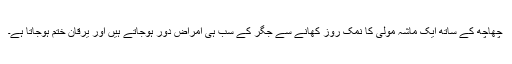
چھاچھ کے ساتھ ایک ماشہ مولی کا نمک روز کھانے سے جگر کے سب ہی امراض دور ہوجاتے ہیں اور یرقان ختم ہوجاتا ہے۔